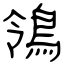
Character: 鴒